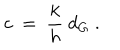
LaTeX: c \ = \ { \frac { k } { h } } \ d _ { G } \ .